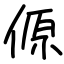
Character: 傆